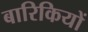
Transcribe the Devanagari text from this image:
बारिकियों